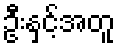
ဦးနှင့်အတူ